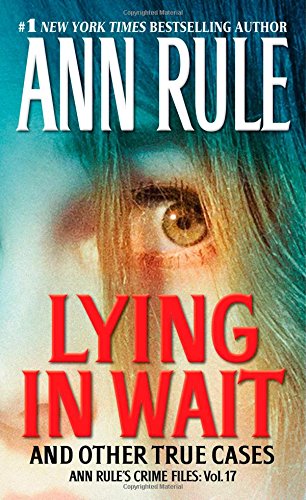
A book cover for Lying in Wait: Ann Rule's Crime Files: Vol.17; Ann Rule; Biographies & Memoirs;